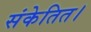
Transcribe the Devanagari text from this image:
संकेतित।